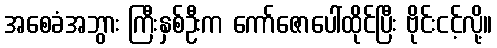
အစေခံအဘွား ကြီးနှစ်ဦးက ကော်ဇောပေါ်ထိုင်ပြီး ဗိုင်းငင့်လို့။